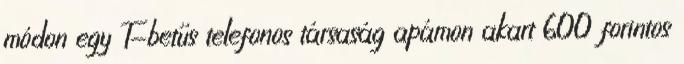
módon egy T-betűs telefonos társaság apámon akart 600 forintos